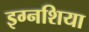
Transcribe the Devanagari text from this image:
इग्नशिया